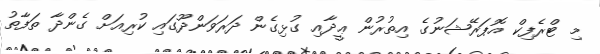
މި ޓްރެފިކް އޮޕަރޭޝަނުގެ އިތުރުން ޢީދާއި ގުޅިގެން ދަރަވަންދޫގައި ކުރިއަށް ގެންދާ ތަފާތު